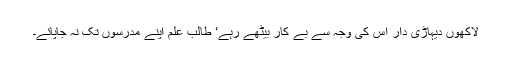
لاکھوں دیہاڑی دار اس کی وجہ سے بے کار بیٹھے رہے‘ طالب علم اپنے مدرسوں تک نہ جاپائے۔